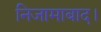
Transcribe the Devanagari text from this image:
निजामाबाद।